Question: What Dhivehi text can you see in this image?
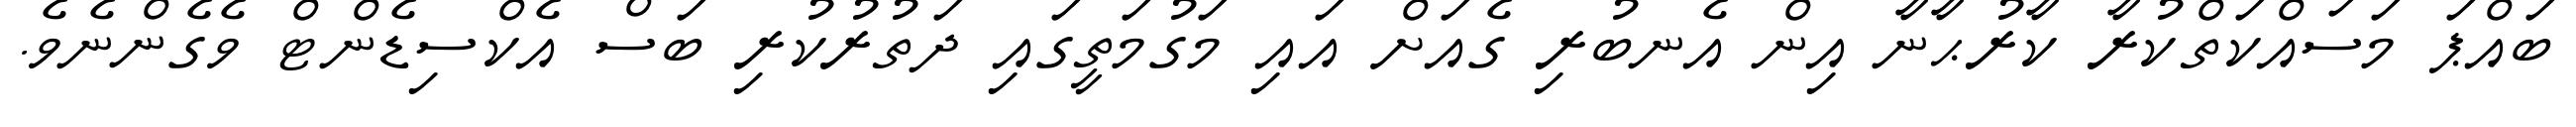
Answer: ބައްޕަ މަސައްކަތްކުރާ ކާރުޙާނާ އިން އެނބުރި ގެއަށް އައި މަގުމަތީގައި ދަތުރުކުރި ބަސް އެކްސިޑެންޓް ވެގެންނެވެ.